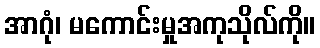
အာဂုံ၊ မကောင်းမှုအကုသိုလ်ကို။